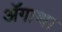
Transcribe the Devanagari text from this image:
ॲगाथा